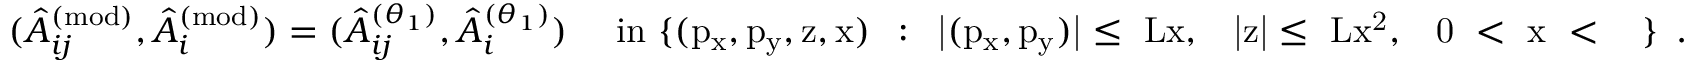
( \hat { A } _ { i j } ^ { ( \mathrm { m o d ) } } , \hat { A } _ { i } ^ { ( \mathrm { m o d ) } } ) = ( \hat { A } _ { i j } ^ { ( \theta _ { 1 } ) } , \hat { A } _ { i } ^ { ( \theta _ { 1 } ) } ) \quad \, \, \mathrm { i n ~ \{ ( p _ x , p _ y , z , x ) ~ \, : \, ~ | ( p _ x , p _ y ) | \leq ~ L x , ~ \, ~ | z | \leq ~ L x ^ 2 , ~ \, ~ 0 ~ < ~ x ~ < ~ \varepsilon ~ \} ~ } \, .